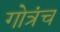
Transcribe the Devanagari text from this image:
गोत्रंच